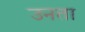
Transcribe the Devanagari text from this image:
उनता